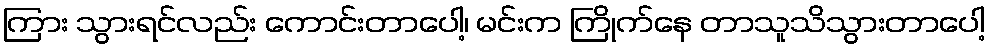
ကြား သွားရင်လည်း ကောင်းတာပေါ့၊ မင်းက ကြိုက်နေ တာသူသိသွားတာပေါ့